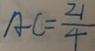
A C = \frac { 2 1 } { 4 }